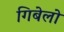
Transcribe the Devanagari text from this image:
गिबेलो